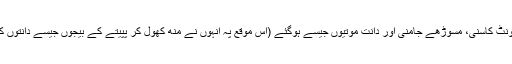
میں نے صرف ایک ماہ اسے بے قاعدگی سے استعمال کیا اور میرے ہونٹ کاسنی، مسوڑھے جامنی اور دانت موتیوں جیسے ہوگئے (اس موقع پہ انہوں نے منھ کھول کر پپیتے کے بیجوں جیسے دانتوں کی نمائش بھی کی) آج میرے تین بچے ہیں اور میری شادی ہوچکی ہے۔